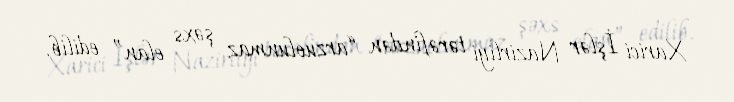
Xarici İşlər Nazirliyi tərəfindən “arzuolunmaz şəxs elan” edilib.